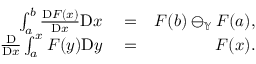
\begin{array} { r l r } { \int _ { a } ^ { b } \frac { \mathrm { D } F ( x ) } { \mathrm { D } x } \mathrm { D } x } & { { } = } & { F ( b ) \ominus _ { \mathbb { Y } } F ( a ) , } \\ { \frac { \mathrm { D } } { \mathrm { D } x } \int _ { a } ^ { x } F ( y ) \mathrm { D } y } & { { } = } & { F ( x ) . } \end{array}